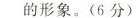
的形象。(6分)